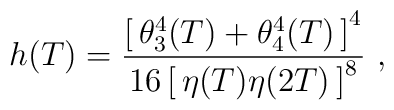
h(T) = \frac{\left[ \, \theta_{3}^{4}(T)+\theta_{4}^{4}(T) \,\right]^{4}}{16\left[ \,  \eta(T)\eta(2T) \, \right]^{8}}\ ,